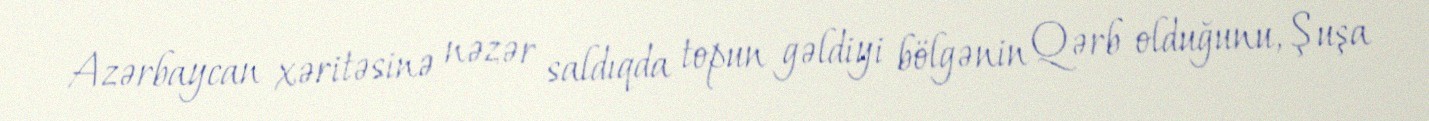
Azərbaycan xəritəsinə nəzər saldıqda topun gəldiyi bölgənin Qərb olduğunu, Şuşa